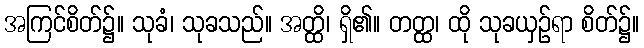
အကြင်စိတ်၌။ သုခံ၊ သုခသည်။ အတ္ထိ၊ ရှိ၏။ တတ္ထ၊ ထို သုခယှဉ်ရာ စိတ်၌။